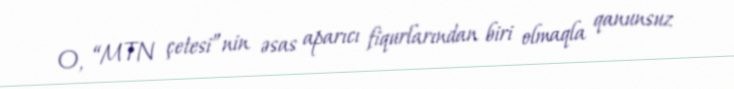
O, “MTN çetesi”nin əsas aparıcı fiqurlarından biri olmaqla qanunsuz